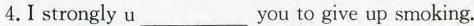
4.I strongly u ___ you to give up smoking.